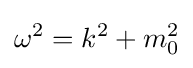
\omega ^{2}=k^{2}+m_{0}^{2}